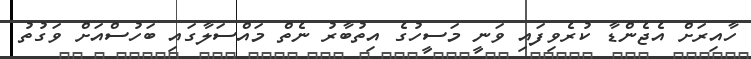
ހާއިރަށް އެޖެންޑާ ކުރެވިފައި ވަނީ މަސީހުގެ އިތުބާރު ނެތް މައްސަލާގައި ބަހުސްއަށް ވަގުތު